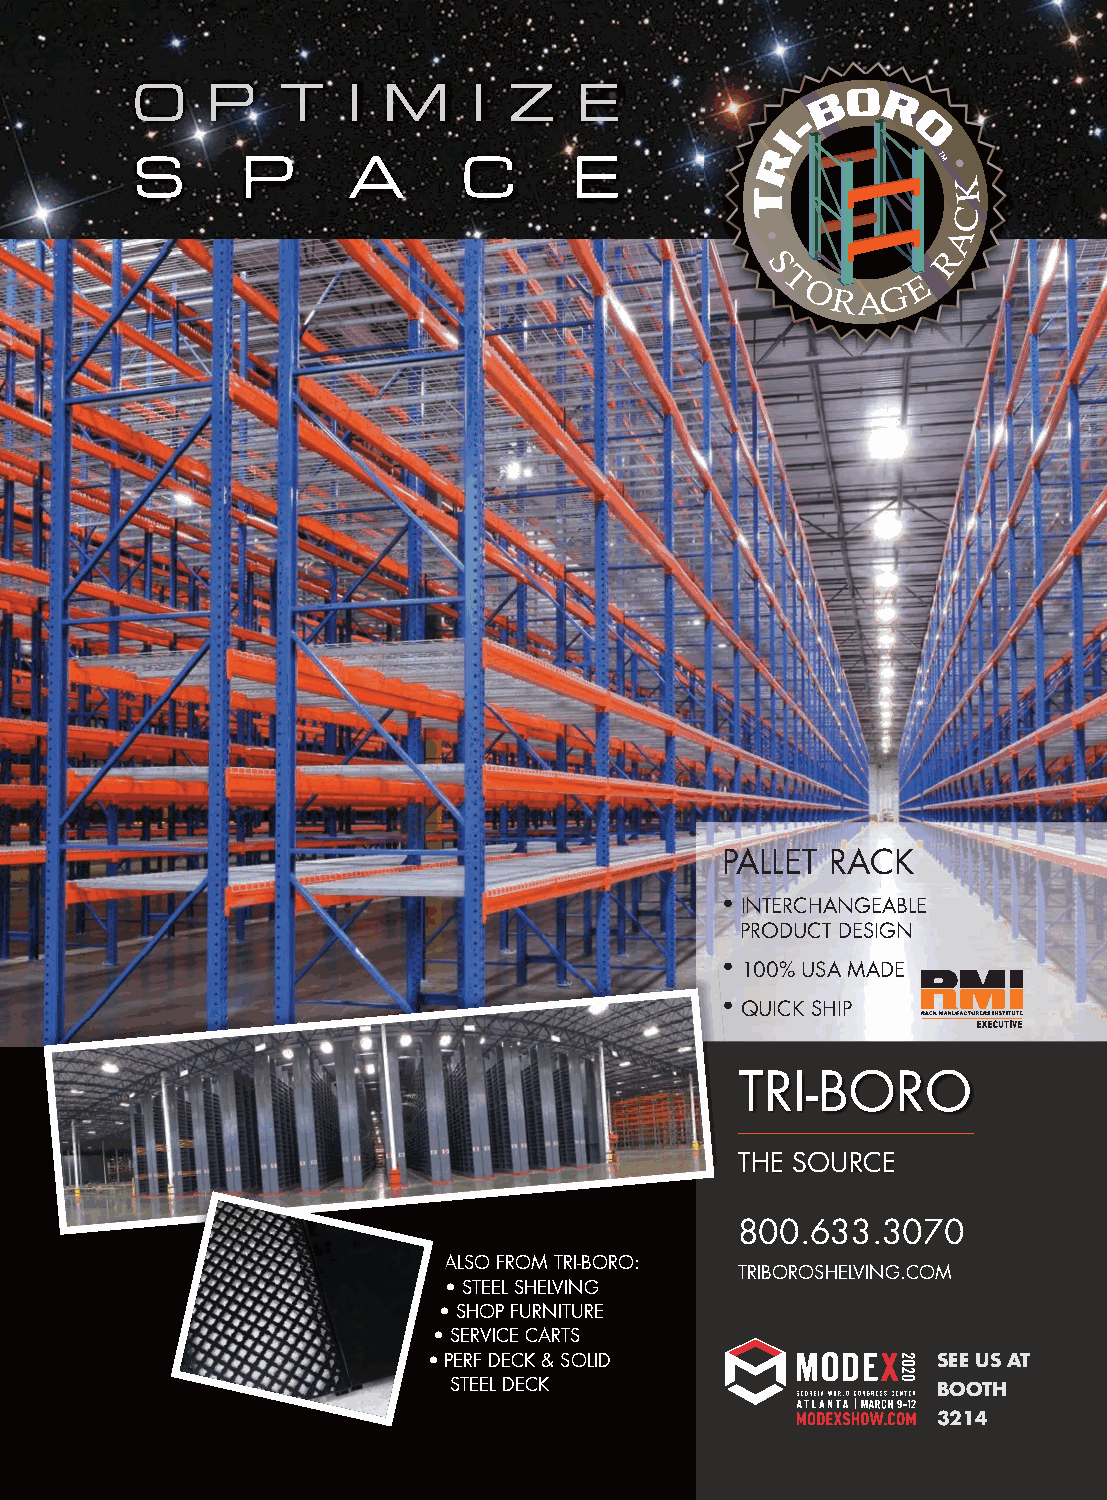
triboroModex20Program.qxp_Layout 1 1/24/20 11:19 AM Page 1
 O    P    T   I  M    I  Z   E
 S      P      A       C      E
 PALLET RACK
 • INTERCHANGEABLE
 PRODUCT DESIGN
 • 100% USA MADE
 • QUICK SHIP
 TRI-BORO
 THE SOURCE
 800.633.3070
 ALSO FROM TRI-BORO:
 TRIBOROSHELVING.COM
 • STEEL SHELVING
 • SHOP FURNITURE
 • SERVICE CARTS
 • PERF DECK & SOLID               SEE US AT
 STEEL DECK                      BOOTH
 3214
 27 MODEX 2020